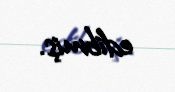
edibmiş.